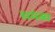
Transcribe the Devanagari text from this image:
समंव्य